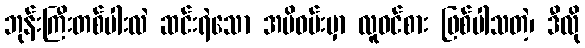
ဘုန်းကြီးတစ်ပါးလဲ ဆင်းရဲသော အမိဝမ်းမှာ လူဝင်စား ဖြစ်ပါသတဲ့၊ ဒီလို